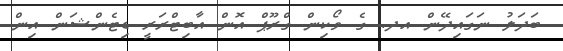
ބަދަލު ނަގައިދޭން އދ. ގެ ވޯކިން ގްރޫޕް އޮން އާބިޓްރަރީ ޑިޓެންޝަން އިން